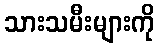
သားသမီးများကို